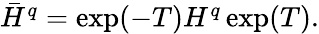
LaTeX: \begin{array}{r}{\bar{H}^{q}=\exp(-T)H^{q}\exp(T).}\end{array}